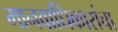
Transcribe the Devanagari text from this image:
मानवाधिकारांचा